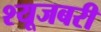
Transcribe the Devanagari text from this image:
श्यूजबरी